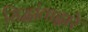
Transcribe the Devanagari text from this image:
सिद्धांताद्वारे